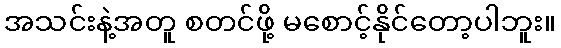
အသင်းနဲ့အတူ စတင်ဖို့ မစောင့်နိုင်တော့ပါဘူး။